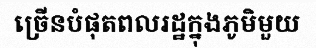
ច្រើនបំផុតពលរដ្ឋក្នុងភូមិមួយ